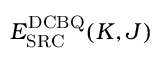
E _ { \mathrm { S R C } } ^ { \mathrm { D C B Q } } ( K , J )